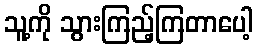
သူ့ကို သွားကြည့်ကြတာပေါ့